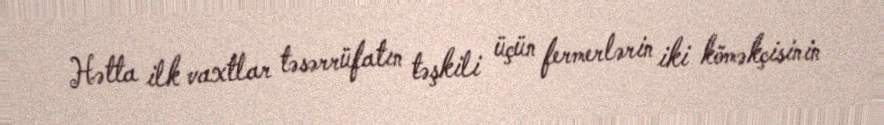
Hətta ilk vaxtlar təsərrüfatın təşkili üçün fermerlərin iki köməkçisinin